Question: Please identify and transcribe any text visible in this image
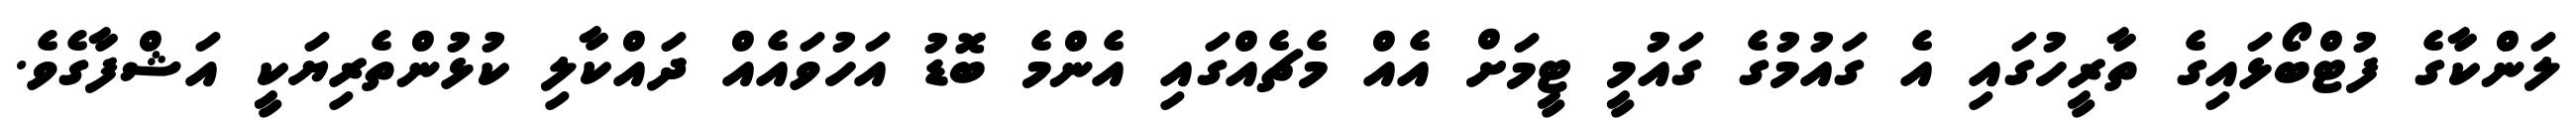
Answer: ލަންކާގެ ފުޓްބޯޅައިގެ ތާރީހުގައި އެ ގައުމުގެ ގައުމީ ޓީމަށް އެއް މެޗެއްގައި އެންމެ ބޮޑު އަހުވައެއް ދައްކާލި ކުޅުންތެރިޔަކީ އަޝްފާގެވެ.